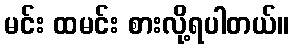
မင်း ထမင်း စားလို့ရပါတယ်။